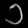
Digit: ၁